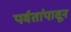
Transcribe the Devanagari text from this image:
पर्वतांपासून